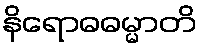
နိရောဓဓမ္မာတိ